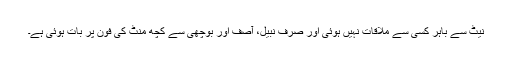
نیٹ سے باہر کسی سے ملاقات نہیں ہوئی اور صرف نبیل، آصف اور بوچھی سے کچھ منٹ کی فون پر بات ہوئی ہے۔